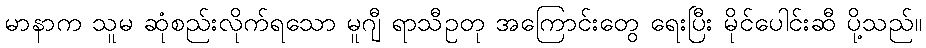
မာနာက သူမ ဆုံစည်းလိုက်ရသော မူဂျီ ရာသီဥတု အကြောင်းတွေ ရေးပြီး မိုင်ပေါင်းဆီ ပို့သည်။